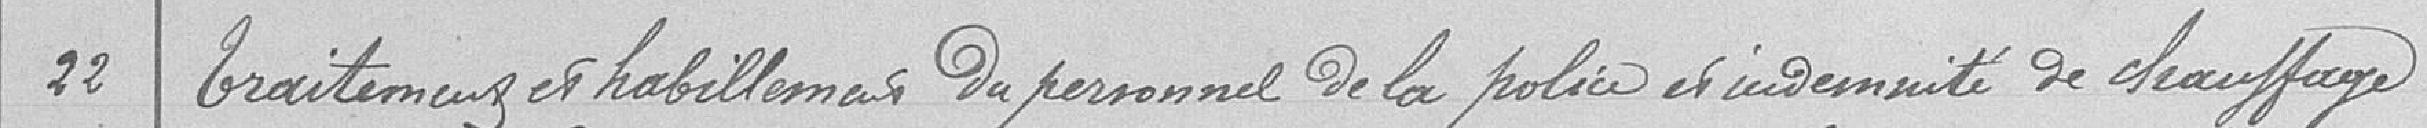
22 Traitements et habillements du personnel de la police et indemnité de chauffage